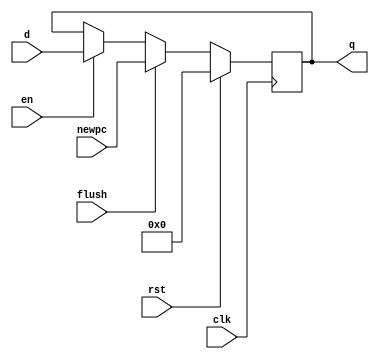
`timescale 1ns / 1ps
//////////////////////////////////////////////////////////////////////////////////
// Company: 
// Engineer: 
// 
// Design Name: 
// Module Name: pcfolpenr
// Project Name: 
// Target Devices: 
// Tool Versions: 
// Description: 
// 
// Dependencies: 
// 
// Revision:
// Revision 0.01 - File Created
// Additional Comments:
// 
//////////////////////////////////////////////////////////////////////////////////


module pcflopenr #(parameter WIDTH = 8)(
input wire clk,rst,en,flush,
input wire[WIDTH-1:0] d,
input wire[WIDTH-1:0] newpc,
output reg[WIDTH-1:0] q
    );

initial begin
    q<=32'hbfc00000;
end

always @(posedge clk) begin
    if(rst)
        q <= 32'hbfc00000;
    else if(flush)
        q <= newpc;
    else if(en)
        q <= d;
    else
        q <= q;
end
endmodule